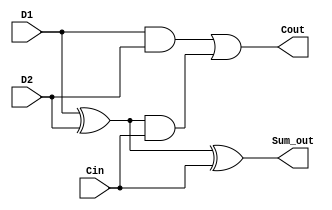
module Full_Adder(D1, D2, Cin,Sum_out, Cout);

input D1, D2, Cin; 
output Sum_out, Cout;
wire a1, a2, a3;    

xor u1(a1,D1,D2);
and u2(a2,D1,D2);
and u3(a3,a1,Cin);
or u4(Cout,a2,a3);
xor u5(Sum_out,a1,Cin); 

endmodule  

//4 bit full adder using 4 single bit full adders
module adder_4bit ( a ,b ,cin,sum ,carry );

output [3:0] sum;
output carry;
input [3:0] a;
input [3:0] b;
input cin; 

wire [2:0]s;

Full_Adder u0 (a[0],b[0],1'b0,sum[0],s[0]);
Full_Adder u1 (a[1],b[1],s[0],sum[1],s[1]);
Full_Adder u2 (a[2],b[2],s[1],sum[2],s[2]);
Full_Adder u3 (a[3],b[3],s[2],sum[3],carry);

endmodule

//16 bit full adder using 4 4bit adders
module adder_16bit(a,b,sum,carry);

input [15:0] a;
input [15:0] b;
output [15:0] sum;
output carry;

wire[2:0] s;

adder_4bit u0 (a[3:0],b[3:0],1'b0,sum[3:0],s[0]);
adder_4bit u1 (a[7:4],b[7:4],s[0],sum[7:4],s[1]);
adder_4bit u2 (a[11:8],b[11:8],s[1],sum[11:8],s[2]);
adder_4bit u3 (a[15:12],b[15:12],s[2],sum[15:12],carry);

endmodule